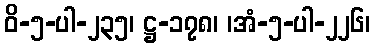
ဝိ-၅-ပါ-၂၃၅၊ ဋ္ဌ-၁၇၈၊ ၊အံ-၅-ပါ-၂၂၆၊